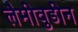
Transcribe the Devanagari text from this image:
लैमीवुडीन